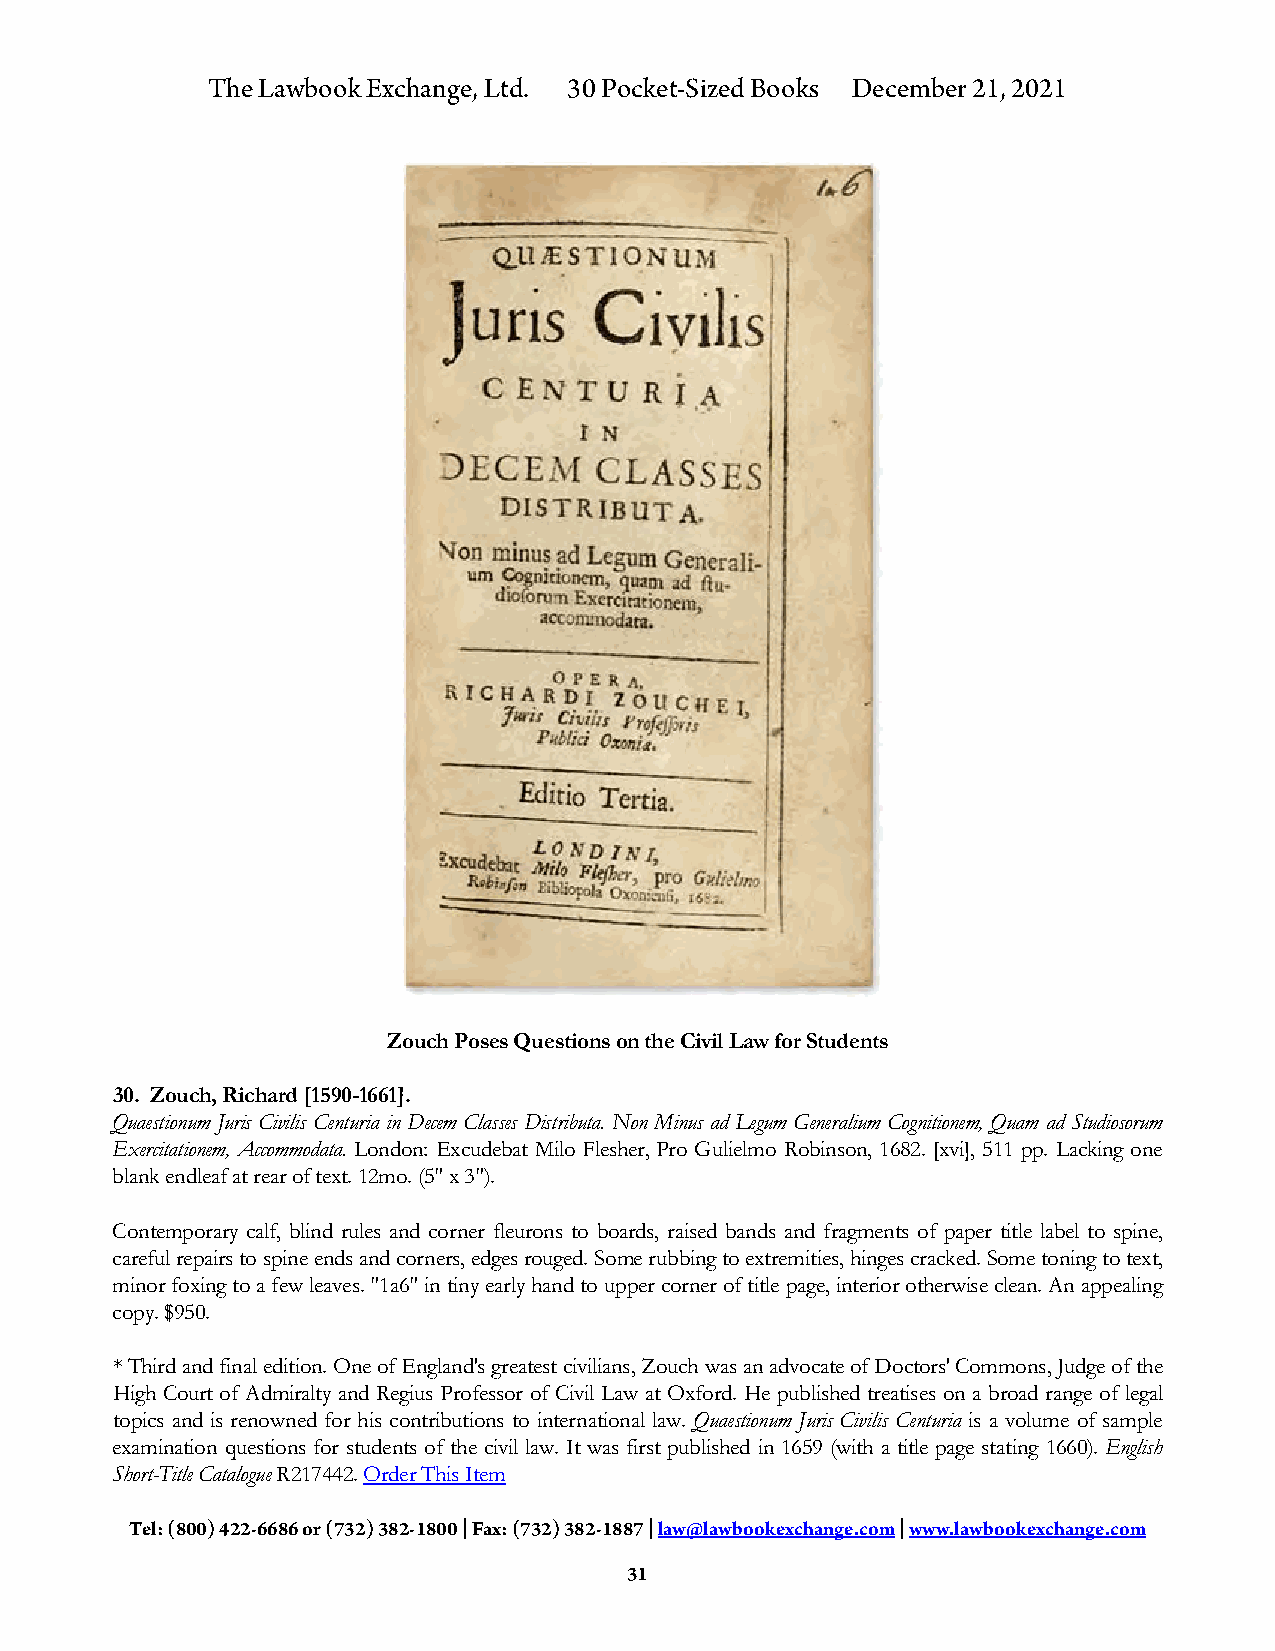
The Lawbook Exchange, Ltd. 30 Pocket-Sized Books December 21, 2021
 Zouch Poses Questions on the Civil Law for Students
 30. Zouch, Richard [1590-1661].
 Quaestionum Juris Civilis Centuria in Decem Classes Distributa. Non Minus ad Legum Generalium Cognitionem, Quam ad Studiosorum
 Exercitationem, Accommodata. London: Excudebat Milo Flesher, Pro Gulielmo Robinson, 1682. [xvi], 511 pp. Lacking one
 blank endleaf at rear of text. 12mo. (5" x 3").
 Contemporary calf, blind rules and corner fleurons to boards, raised bands and fragments of paper title label to spine,
 careful repairs to spine ends and corners, edges rouged. Some rubbing to extremities, hinges cracked. Some toning to text,
 minor foxing to a few leaves. "1a6" in tiny early hand to upper corner of title page, interior otherwise clean. An appealing
 copy. $950.
 * Third and final edition. One of England's greatest civilians, Zouch was an advocate of Doctors' Commons, Judge of the
 High Court of Admiralty and Regius Professor of Civil Law at Oxford. He published treatises on a broad range of legal
 topics and is renowned for his contributions to international law. Quaestionum Juris Civilis Centuria is a volume of sample
 examination questions for students of the civil law. It was first published in 1659 (with a title page stating 1660). English
 Short-Title Catalogue R217442. Order This Item
 Tel: (800) 422-6686 or (732) 382-1800 | Fax: (732) 382-1887 | law@lawbookexchange.com | www.lawbookexchange.com
 31